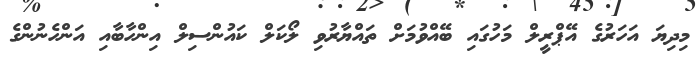
މިދިޔަ އަހަރުގެ އޭޕްރީލް މަހުގައި ބޭއްވުމަށް ތައްޔާރުވި ލޯކަލް ކައުންސިލް އިންހާބާއި އަންހެނުންގެ